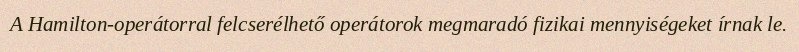
A Hamilton-operátorral felcserélhető operátorok megmaradó fizikai mennyiségeket írnak le.